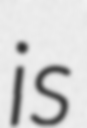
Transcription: is